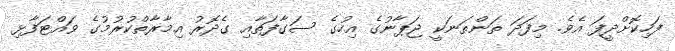
ފަހިކޮށްދީފަ އެވެ. މިފަދަ ތަންތަނަކީ ޖަޕާނުގެ އިހުގެ ސަގާފަތާއި ގެދޮރު އިމާރާތްކުރުމުގެ ވައްޓަފާޅި